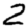
Digit: 2